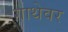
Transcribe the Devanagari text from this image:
गाथेवर